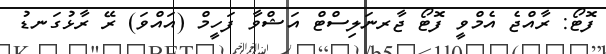
ފޮޓޯ: ރާއްޖެ އެމްވީ ފޮޓޯ ޖާރނަލިސްޓް އަޝްވާ ފަހީމް (އައްވަ) ރޭ ރާޅުގަނޑު